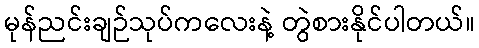
မုန်ညင်းချဉ်သုပ်ကလေးနဲ့ တွဲစားနိုင်ပါတယ်။